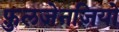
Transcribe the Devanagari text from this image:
फ़ुलजेनज़ियो